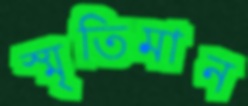
স্মৃতিমান